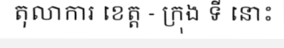
តុលាការ ខេត្ត - ក្រុង ទី នោះ